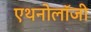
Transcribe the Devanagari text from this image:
एथनोलॉजी